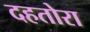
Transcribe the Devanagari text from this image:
दहतोरा